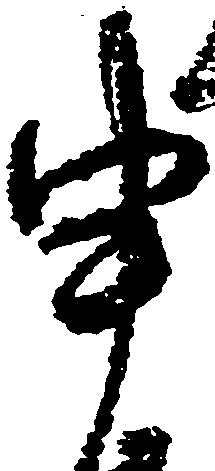
申